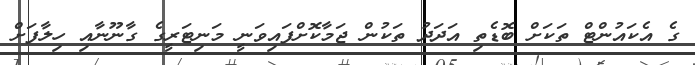
ގެ އެކައުންޓް ތަކަށް ބޮޑެތި އަދަދު ތަކުން ޖަމާކޮށްފައިވަނީ މަނިޓަރީގެ ގާނޫނާއި ހިލާފަށް